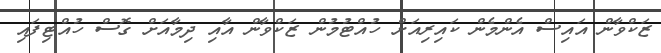
ޒަކްވާން އައިސް އެންމެން ކައިރިއަށް ހުއްޓުމުން ޒަކްވާން އާއި ދިމާއަށް ގޮސް ހުއްޓިފައި